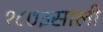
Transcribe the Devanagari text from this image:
१८७३साली